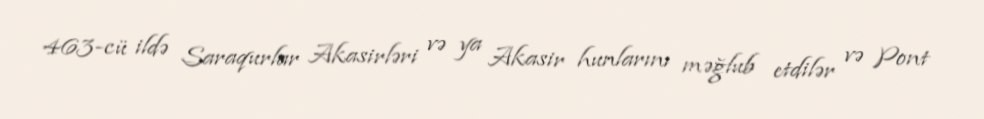
463-cü ildə Saraqurlar Akasirləri və ya Akasir hunlarını məğlub etdilər və Pont